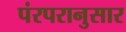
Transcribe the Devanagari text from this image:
पंरपरानुसार